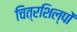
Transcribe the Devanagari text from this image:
चित्रशिल्पों